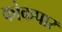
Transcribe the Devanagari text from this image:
कोकपार